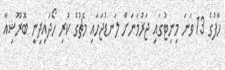
ހާފުގެ 13 ވަނަ މިނިޓުގައި ޖަރުމަނަށް ލަނޑުޖަހައި މެޗުގެ ކުރި ހޯދައިދިނީ ބޮރޫޝިއާ